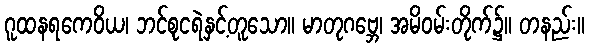
ဂူထနရကေဝိယ၊ ဘင်စုငရဲနှင့်တူသော။ မာတုဂဗ္ဘေ၊ အမိဝမ်းတိုက်၌။ တနည်း။